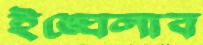
ইঙ্ঘেলাব